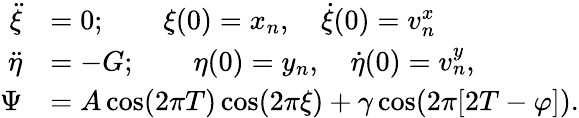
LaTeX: \begin{array}{rl}{\ddot{\xi}}&{=0;\qquad\xi(0)=x_{n},\quad\dot{\xi}(0)=v_{n}^{x}}\\ {\ddot{\eta}}&{=-G;\qquad\eta(0)=y_{n},\quad\dot{\eta}(0)=v_{n}^{y},}\\ {\Psi}&{=A\cos(2\pi T)\cos(2\pi\xi)+\gamma\cos(2\pi[2T-\varphi]).}\end{array}